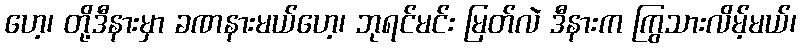
ဟေ့၊ တို့ဒီနားမှာ ခဏနားမယ်ဟေ့၊ ဘုရင်မင်း မြတ်လဲ ဒီနားက ကြွသားလိမ့်မယ်၊